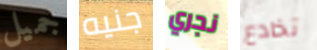
جميل جنيه نجري تخادع